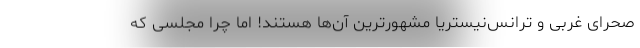
صحرای غربی و ترانس‌نیستریا مشهورترین آن‌ها هستند! اما چرا مجلسی که